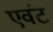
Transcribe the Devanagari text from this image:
एवंट